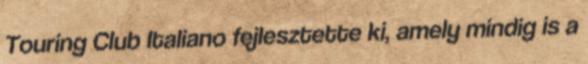
Touring Club Italiano fejlesztette ki, amely mindig is a